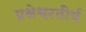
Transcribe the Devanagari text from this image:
प्रश्रेश्वरतीर्थ